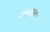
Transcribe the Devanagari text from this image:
उतराता